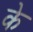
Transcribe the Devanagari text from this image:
के